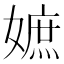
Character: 嫬